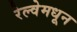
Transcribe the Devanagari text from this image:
रेल्वेमधून